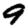
Digit: 9